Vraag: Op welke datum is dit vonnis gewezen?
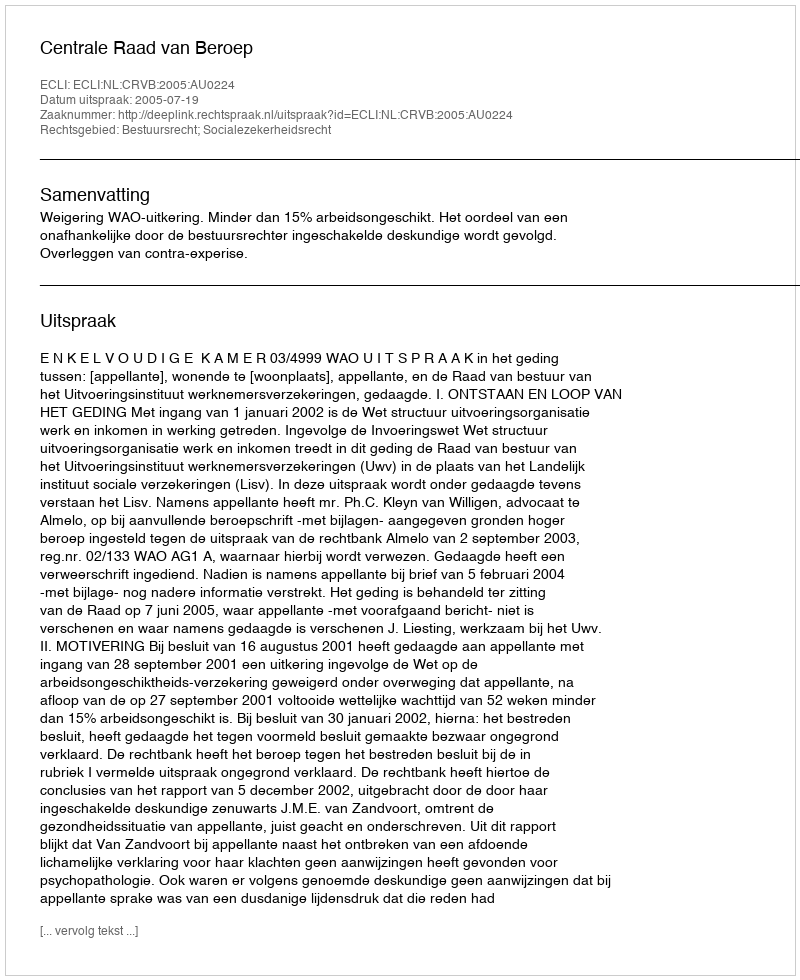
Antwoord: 2005-07-19